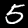
Label: 5